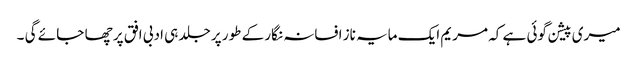
میری پیشن گوئی ہے کہ مریم ایک مایہ ناز افسانہ نگار کے طور پر جلد ہی ادبی افق پر چھا جا ئے گی ۔